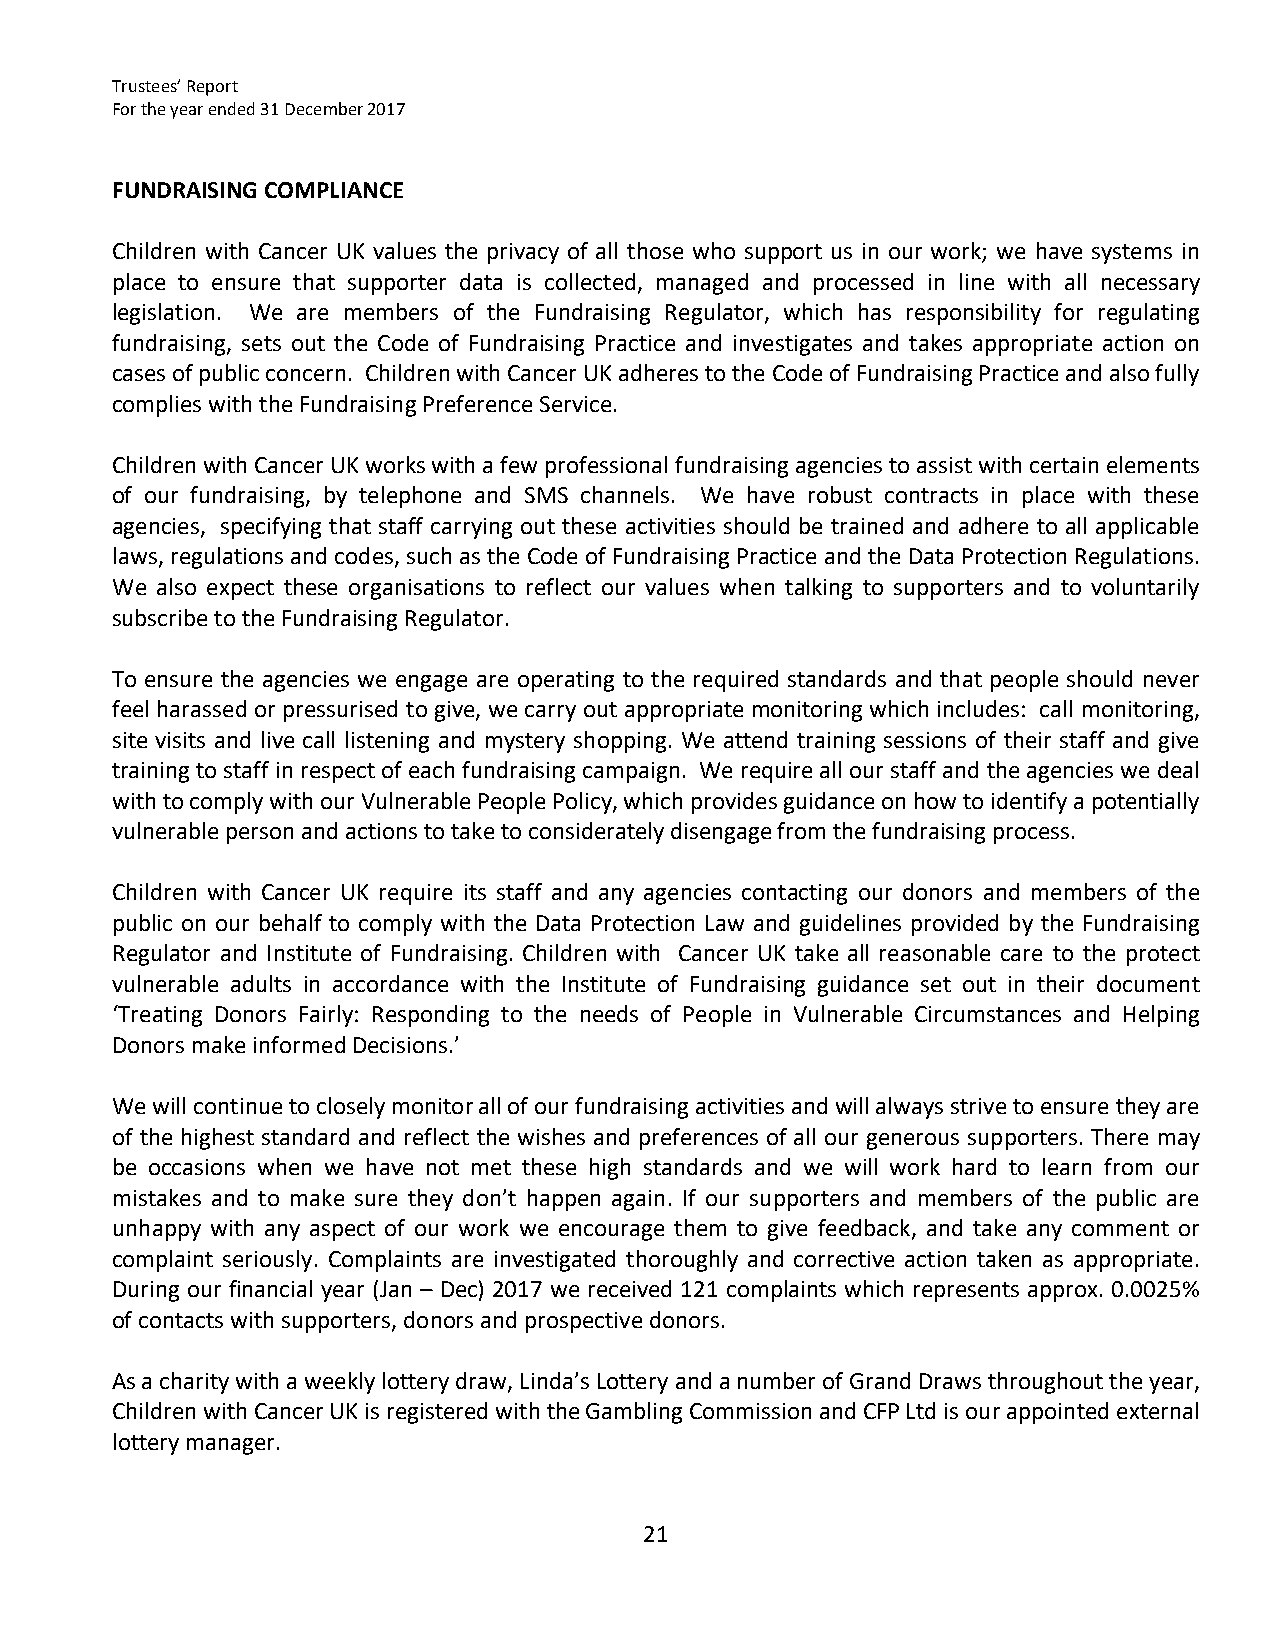
Trustees’ Report
 For the year ended 31 December 2017
 FUNDRAISING COMPLIANCE
 Children with Cancer UK values the privacy of all those who support us in our work; we have systems in
 place to ensure that supporter data is collected, managed and processed in line with all necessary
 legislation. We are members of the Fundraising Regulator, which has responsibility for regulating
 fundraising, sets out the Code of Fundraising Practice and investigates and takes appropriate action on
 cases of public concern. Children with Cancer UK adheres to the Code of Fundraising Practice and also fully
 complies with the Fundraising Preference Service.
 Children with Cancer UK works with a few professional fundraising agencies to assist with certain elements
 of our fundraising, by telephone and SMS channels. We have robust contracts in place with these
 agencies, specifying that staff carrying out these activities should be trained and adhere to all applicable
 laws, regulations and codes, such as the Code of Fundraising Practice and the Data Protection Regulations.
 We also expect these organisations to reflect our values when talking to supporters and to voluntarily
 subscribe to the Fundraising Regulator.
 To ensure the agencies we engage are operating to the required standards and that people should never
 feel harassed or pressurised to give, we carry out appropriate monitoring which includes: call monitoring,
 site visits and live call listening and mystery shopping. We attend training sessions of their staff and give
 training to staff in respect of each fundraising campaign. We require all our staff and the agencies we deal
 with to comply with our Vulnerable People Policy, which provides guidance on how to identify a potentially
 vulnerable person and actions to take to considerately disengage from the fundraising process.
 Children with Cancer UK require its staff and any agencies contacting our donors and members of the
 public on our behalf to comply with the Data Protection Law and guidelines provided by the Fundraising
 Regulator and Institute of Fundraising. Children with Cancer UK take all reasonable care to the protect
 vulnerable adults in accordance with the Institute of Fundraising guidance set out in their document
 ‘Treating Donors Fairly: Responding to the needs of People in Vulnerable Circumstances and Helping
 Donors make informed Decisions.’
 We will continue to closely monitor all of our fundraising activities and will always strive to ensure they are
 of the highest standard and reflect the wishes and preferences of all our generous supporters. There may
 be occasions when we have not met these high standards and we will work hard to learn from our
 mistakes and to make sure they don’t happen again. If our supporters and members of the public are
 unhappy with any aspect of our work we encourage them to give feedback, and take any comment or
 complaint seriously. Complaints are investigated thoroughly and corrective action taken as appropriate.
 During our financial year (Jan – Dec) 2017 we received 121 complaints which represents approx. 0.0025%
 of contacts with supporters, donors and prospective donors.
 As a charity with a weekly lottery draw, Linda’s Lottery and a number of Grand Draws throughout the year,
 Children with Cancer UK is registered with the Gambling Commission and CFP Ltd is our appointed external
 lottery manager.
 21